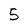
Character: 5